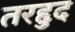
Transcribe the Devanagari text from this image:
तरद्दुद